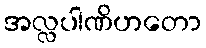
အလ္လပါဏိဟတော